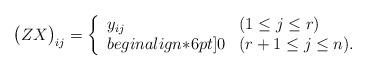
LaTeX: \begin{align*}\big(ZX\big)_{ij}=\left\{\begin{array}{ll}y_{ij} \quad&(1\le j\le r)\\begin{align*}6pt]0 & (r+1\le j\le n).\end{array}\right.\end{align*}